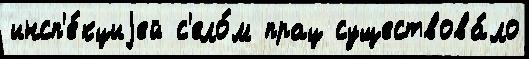
инсп'е́кциjей с'ело́м прац существова́ло